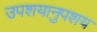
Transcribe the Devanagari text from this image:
उपशयानुपशय